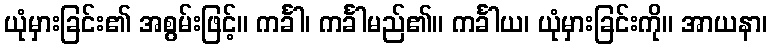
ယုံမှားခြင်း၏ အစွမ်းဖြင့်။ ကင်္ခါ၊ ကင်္ခါမည်၏။ ကင်္ခါယ၊ ယုံမှားခြင်းကို။ အာယနာ၊